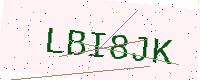
Text: LBI8JK